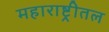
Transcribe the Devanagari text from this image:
महाराष्ट्रीतल